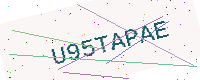
Text: U95TAPAE